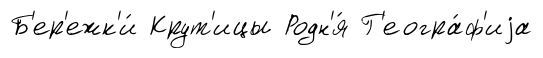
Б'ер'ежк'и́ Крут'ицы Родн'я́ Г'еогра́ф'иjа